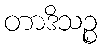
တာဒိသဉ္စ